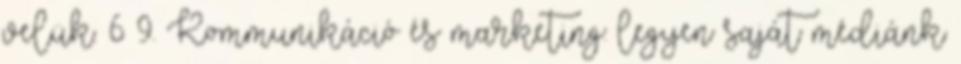
velük. 6 9. Kommunikáció és marketing: legyen saját médiánk